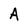
Character: A